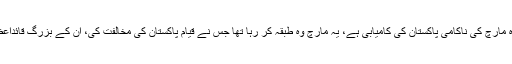
وفاقی وزیر فواد چودھری بھی میدان میں کود پڑے، کہا حلوہ مارچ کی ناکامی پاکستان کی کامیابی ہے، یہ مارچ وہ طبقہ کر رہا تھا جس نے قیام پاکستان کی مخالفت کی، ان کے بزرگ قائداعظم کی اپوزیشن تھے آج یہ عمران خان کی اپوزیشن بن گئے۔